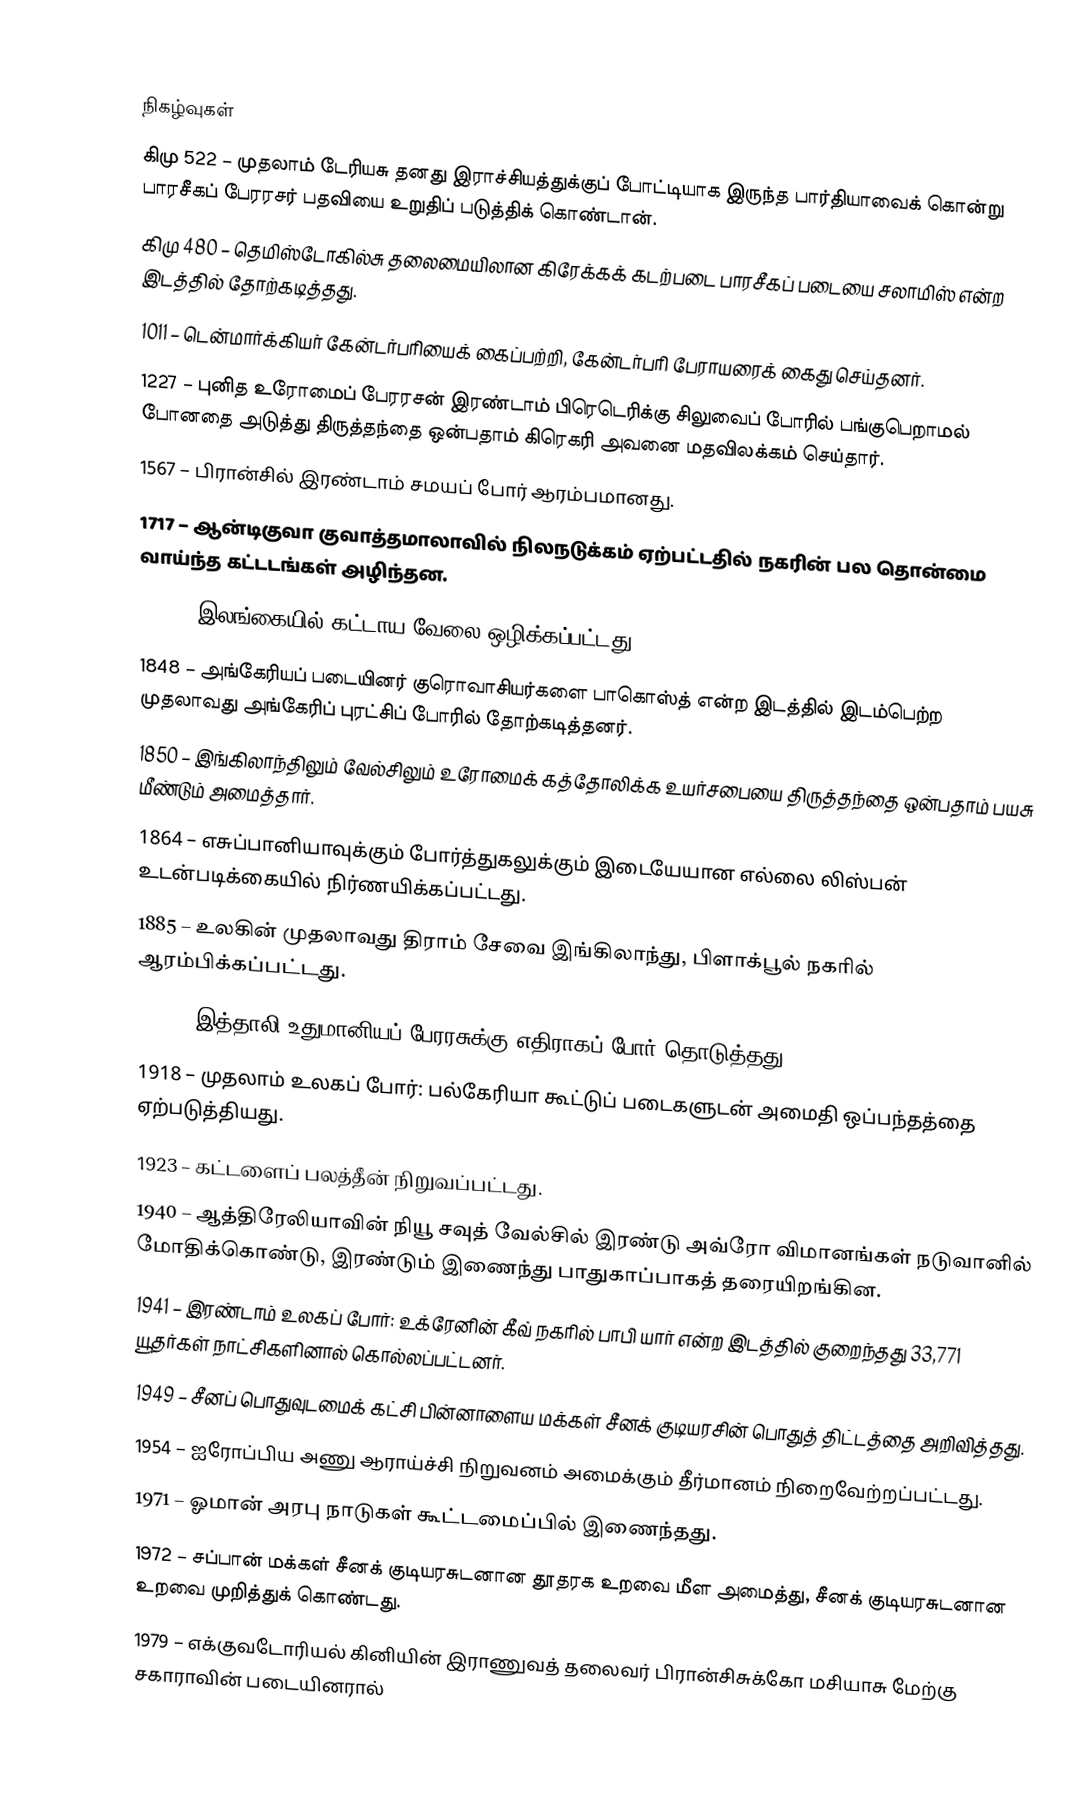

நிகழ்வுகள்
கிமு 522 – முதலாம் டேரியசு தனது இராச்சியத்துக்குப் போட்டியாக இருந்த பார்தியாவைக் கொன்று பாரசீகப் பேரரசர் பதவியை உறுதிப் படுத்திக் கொண்டான்.
கிமு 480 – தெமிஸ்டோகில்சு தலைமையிலான கிரேக்கக் கடற்படை பாரசீகப் படையை சலாமிஸ் என்ற இடத்தில் தோற்கடித்தது.
1011 – டென்மார்க்கியர் கேன்டர்பரியைக் கைப்பற்றி, கேன்டர்பரி பேராயரைக் கைது செய்தனர்.
1227 – புனித உரோமைப் பேரரசன் இரண்டாம் பிரெடெரிக்கு சிலுவைப் போரில் பங்குபெறாமல் போனதை அடுத்து திருத்தந்தை ஒன்பதாம் கிரெகரி அவனை மதவிலக்கம் செய்தார்.
1567 – பிரான்சில் இரண்டாம் சமயப் போர் ஆரம்பமானது.
1717 – ஆன்டிகுவா குவாத்தமாலாவில் நிலநடுக்கம் ஏற்பட்டதில் நகரின் பல தொன்மை வாய்ந்த கட்டடங்கள் அழிந்தன.
1832 – இலங்கையில் கட்டாய வேலை ஒழிக்கப்பட்டது.
1848 – அங்கேரியப் படையினர் குரொவாசியர்களை பாகொஸ்த் என்ற இடத்தில் இடம்பெற்ற முதலாவது அங்கேரிப் புரட்சிப் போரில் தோற்கடித்தனர்.
1850 – இங்கிலாந்திலும் வேல்சிலும் உரோமைக் கத்தோலிக்க உயர்சபையை திருத்தந்தை ஒன்பதாம் பயசு மீண்டும் அமைத்தார்.
1864 – எசுப்பானியாவுக்கும் போர்த்துகலுக்கும் இடையேயான எல்லை லிஸ்பன் உடன்படிக்கையில் நிர்ணயிக்கப்பட்டது.
1885 – உலகின் முதலாவது திராம் சேவை இங்கிலாந்து, பிளாக்பூல் நகரில் ஆரம்பிக்கப்பட்டது.
1911 – இத்தாலி உதுமானியப் பேரரசுக்கு எதிராகப் போர் தொடுத்தது.
1918 – முதலாம் உலகப் போர்: பல்கேரியா கூட்டுப் படைகளுடன் அமைதி ஒப்பந்தத்தை ஏற்படுத்தியது.
1923 – கட்டளைப் பலத்தீன் நிறுவப்பட்டது.
1940 – ஆத்திரேலியாவின் நியூ சவுத் வேல்சில் இரண்டு அவ்ரோ விமானங்கள் நடுவானில் மோதிக்கொண்டு, இரண்டும் இணைந்து பாதுகாப்பாகத் தரையிறங்கின.
1941 – இரண்டாம் உலகப் போர்: உக்ரேனின் கீவ் நகரில் பாபி யார் என்ற இடத்தில் குறைந்தது 33,771 யூதர்கள் நாட்சிகளினால் கொல்லப்பட்டனர்.
1949 – சீனப் பொதுவுடமைக் கட்சி பின்னாளைய மக்கள் சீனக் குடியரசின் பொதுத் திட்டத்தை அறிவித்தது.
1954 – ஐரோப்பிய அணு ஆராய்ச்சி நிறுவனம் அமைக்கும் தீர்மானம் நிறைவேற்றப்பட்டது.
1971 – ஓமான் அரபு நாடுகள் கூட்டமைப்பில் இணைந்தது.
1972 – சப்பான் மக்கள் சீனக் குடியரசுடனான தூதரக உறவை மீள அமைத்து, சீனக் குடியரசுடனான உறவை முறித்துக் கொண்டது.
1979 – எக்குவடோரியல் கினியின் இராணுவத் தலைவர் பிரான்சிசுக்கோ மசியாசு மேற்கு சகாராவின் படையினரால்